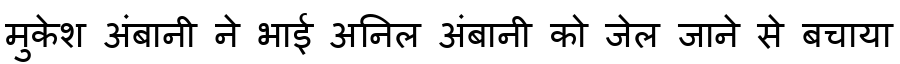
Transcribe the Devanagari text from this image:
मुकेश अंबानी ने भाई अनिल अंबानी को जेल जाने से बचाया